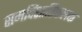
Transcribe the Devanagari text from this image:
समविंशातिफलक